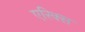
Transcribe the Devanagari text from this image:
एरिक्स